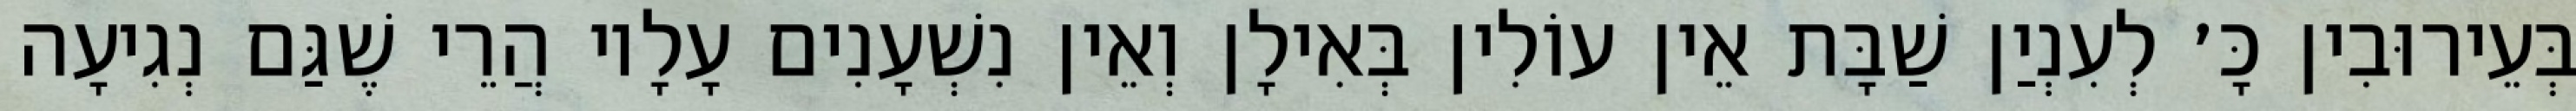
בְּעֵירוּבִין כָּ׳ לְעִנְיַן שַׁבָּת אֵין עוֹלִין בְּאִילָן וְאֵין נִשְׁעָנִים עָלָיו הֲרֵי שֶׁגַּם נְגִיעָה